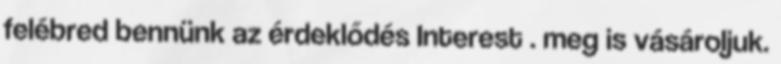
felébred bennünk az érdeklődés Interest . meg is vásároljuk.